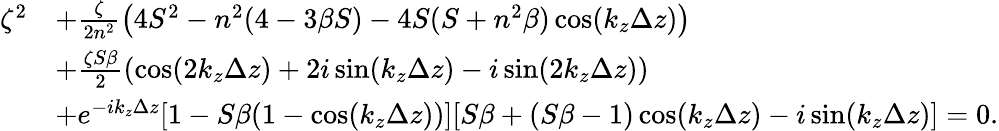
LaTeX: \begin{array}{rl}{\zeta^{2}}&{+\frac{\zeta}{2n^{2}}\left(4S^{2}-n^{2}(4-3\beta S)-4S(S+n^{2}\beta)\cos(k_{z}\Delta z)\right)}\\ &{+\frac{\zeta S\beta}{2}\left(\cos(2k_{z}\Delta z)+2i\sin(k_{z}\Delta z)-i\sin(2k_{z}\Delta z)\right)}\\ &{+e^{-ik_{z}\Delta z}[1-S\beta(1-\cos(k_{z}\Delta z))][S\beta+(S\beta-1)\cos(k_{z}\Delta z)-i\sin(k_{z}\Delta z)]=0.}\end{array}